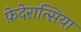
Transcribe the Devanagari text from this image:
फ़ेदेरात्सिया